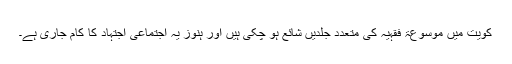
کویت میں موسوعۃ فقہیہ کی متعدد جلدیں شائع ہو چکی ہیں اور ہنوز یہ اجتماعی اجتہاد کا کام جاری ہے۔